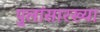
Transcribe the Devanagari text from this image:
पुलांसारख्या